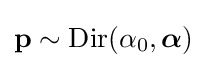
\mathbf {p} \sim \operatorname {Dir} (\alpha _{0},{\boldsymbol {\alpha }})